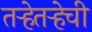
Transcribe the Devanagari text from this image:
तर्‍हेतर्‍हेची